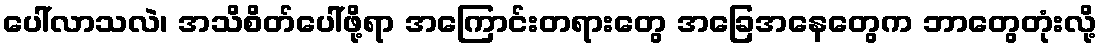
ပေါ်လာသလဲ၊ အသိစိတ်ပေါ်ဖို့ရာ အကြောင်းတရားတွေ အခြေအနေတွေက ဘာတွေတုံးလို့